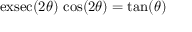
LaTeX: \operatorname { e x s e c } ( 2 \theta ) \, \cos ( 2 \theta ) = \tan ( \theta )